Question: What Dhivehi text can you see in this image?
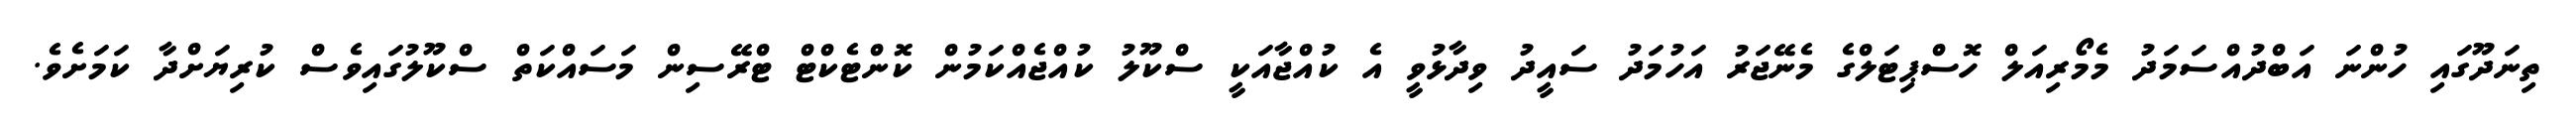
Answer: ތިނަދޫގައި ހުންނަ އަބްދުއްސަމަދު މެމޯރިއަލް ހޮސްޕިޓަލްގެ މެނޭޖަރު އަހުމަދު ސައީދު ވިދާޅުވީ އެ ކުއްޖާއަކީ ސްކޫލު ކުއްޖެއްކަމުން ކޮންޓެކްޓް ޓްރޭސިން މަސައްކަތް ސްކޫލުގައިވެސް ކުރިޔަށްދާ ކަމަށެވެ.